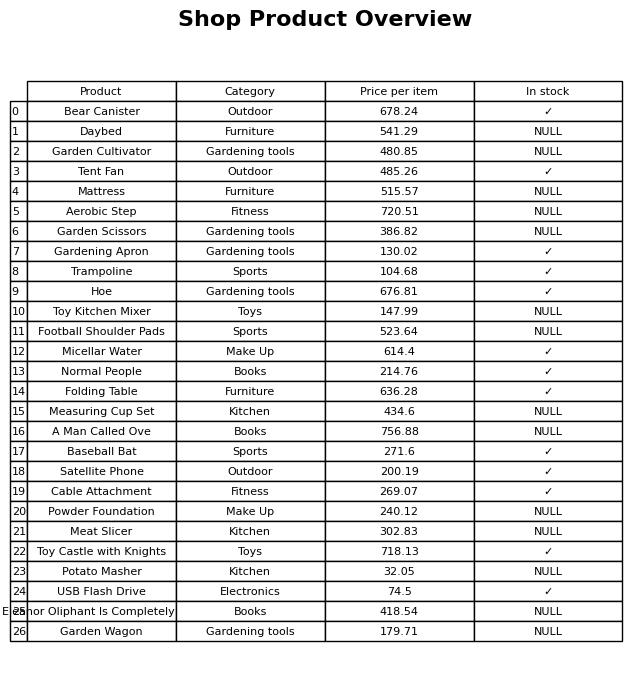
question: What is the stock status of the Satellite Phone?
answer: ✓